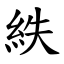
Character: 紩